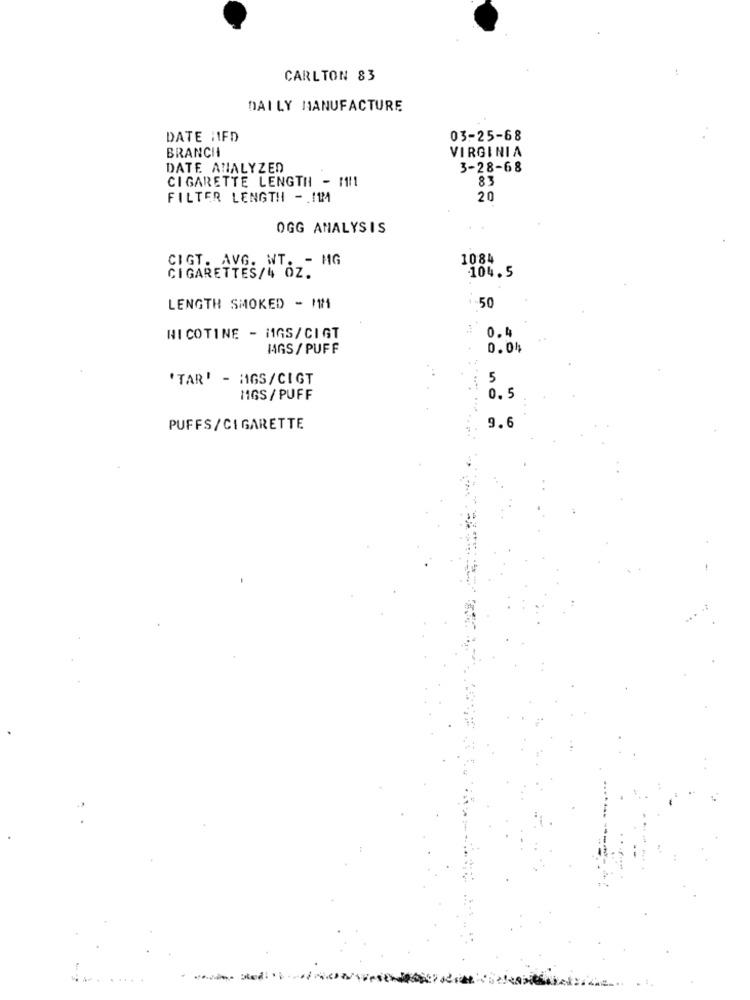
CARLTON 83
DAILY MANUFACTURE
DATE :IFD
03-25-68
BRANCHI
VIRGINIA
DATE ANALYZED
3-28-68
CIGARETTE LENGTH - MN1
83
FILTER LENGTH - 11M
20
OGG ANALYSIS
CIGT. AVG. WT. - MG
1084
CIGARETTES/4 OZ.
104.5
50
LENGTH SMOKED - MM
0.4
NICOTINE - MGS/CIGT
MGS / PUFF
0.01
'TAR' - MGS/CIGT
5
11GS/ PUFF
0.5
9.6
PUFFS/CIGARETTE